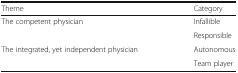
| Theme | Category |
 | --- | --- |
 | <ROWSPAN=2> The competent physician | Infallible |
 | Responsible |
 | <ROWSPAN=2> The integrated, yet independent physician | Autonomous |
 | Team player |